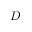
D